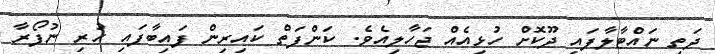
ދަތި ނައްޓާލާފައި ދޫކޮށް ހުޅިއެއް ޖަހާލިއެވެ. ކަންފަތް ކައިރިން ފައިބާފައި ހުރި ނުފޯރާ